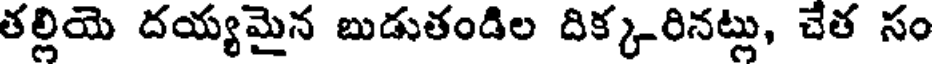
తల్లియె దయ్యమైన బుడుతండిల దిక్కరినట్లు, చేత సం